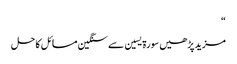
“
مزید پڑھیں سورۃ یسین سے سنگین مسائل کا حل